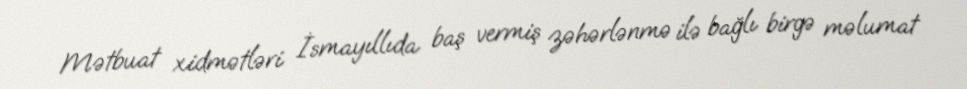
Mətbuat xidmətləri İsmayıllıda baş vermiş zəhərlənmə ilə bağlı birgə məlumat